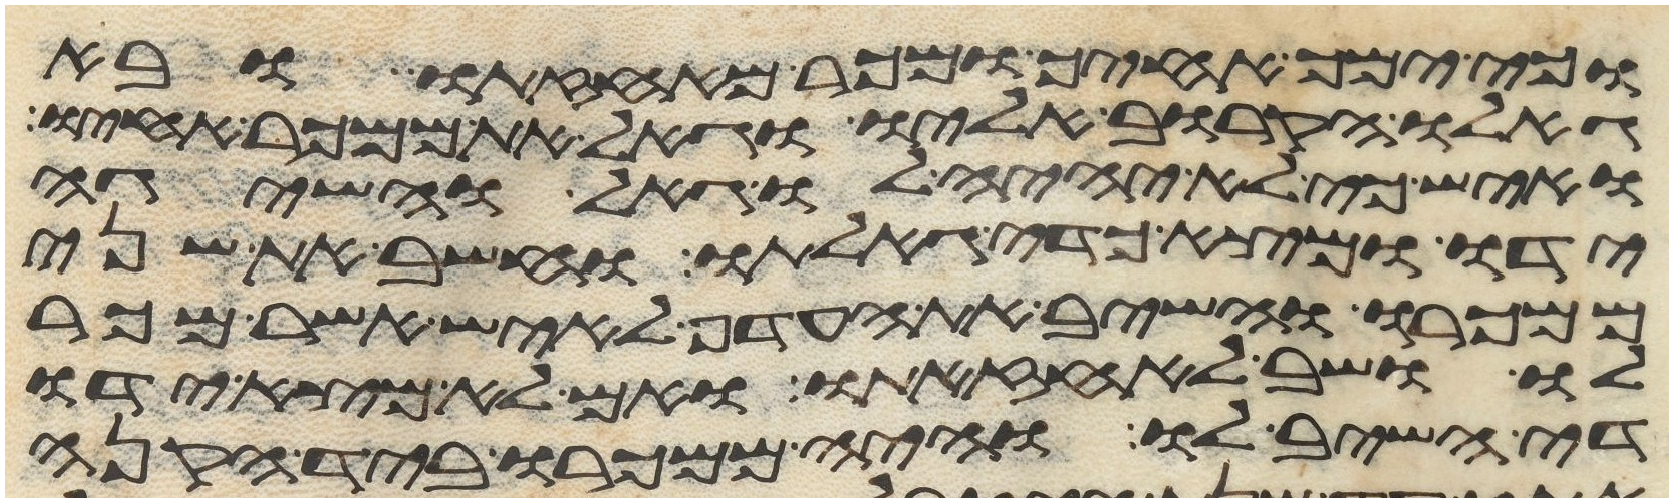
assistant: וכי ימך אחיך ומכר מאחזתו ובא
גאלו הקרוב אליו וגאל את ממכר אחיו
ואיש כי לא יהיה לו גאל והשיגה
ידו ומצא כדי גאלתו וחשב את שני
ממכרו והשיב את העדף לאיש אשר מכר
לו ושב לאחזתו ואם לא מצא ידו
די השיב לו והיה ממכרו ביד הקנה